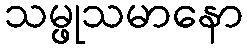
သမ္ဖုသမာနော